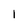
Character: I